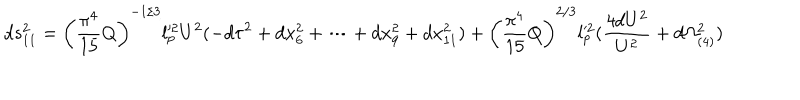
d s _ { 1 1 } ^ { 2 } = \left( \frac { \pi ^ { 4 } } { 1 5 } Q \right) ^ { - 1 / 3 } l _ { p } ^ { \prime 2 } U ^ { 2 } ( - d \tau ^ { 2 } + d x _ { 6 } ^ { 2 } + \cdots + d x _ { 9 } ^ { 2 } + d x _ { 1 1 } ^ { 2 } ) + \left( \frac { \pi ^ { 4 } } { 1 5 } Q \right) ^ { 2 / 3 } l _ { p } ^ { \prime 2 } ( \frac { 4 d U ^ { 2 } } { U ^ { 2 } } + d \Omega _ { ( 4 ) } ^ { 2 } )